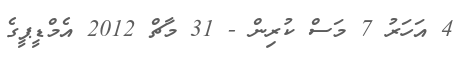
4 އަހަރު 7 މަސް ކުރިން - 31 މާޗް 2012 އެމްޑީޕީގެ